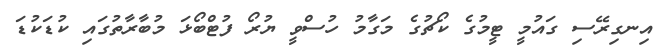
އިނގިރޭސި ގައުމީ ޓީމުގެ ކޯޗުގެ މަގާމު ހުސްވީ ޔުރޯ ފުޓްބޯޅަ މުބާރާތުގައި ކުޑަކުޑަ